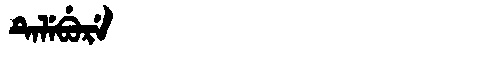
Manchu: ᡨᡝᠯᡝᠪᡠᡵᡝ
Romanization: TELEBURE